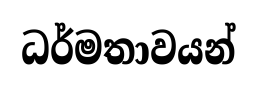
ධර්මතාවයන්